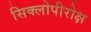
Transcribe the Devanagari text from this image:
सिक्लोपीरोक्ष